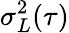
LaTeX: \sigma_{L}^{2}(\tau)